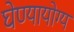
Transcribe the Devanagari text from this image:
घेण्यायोग्य